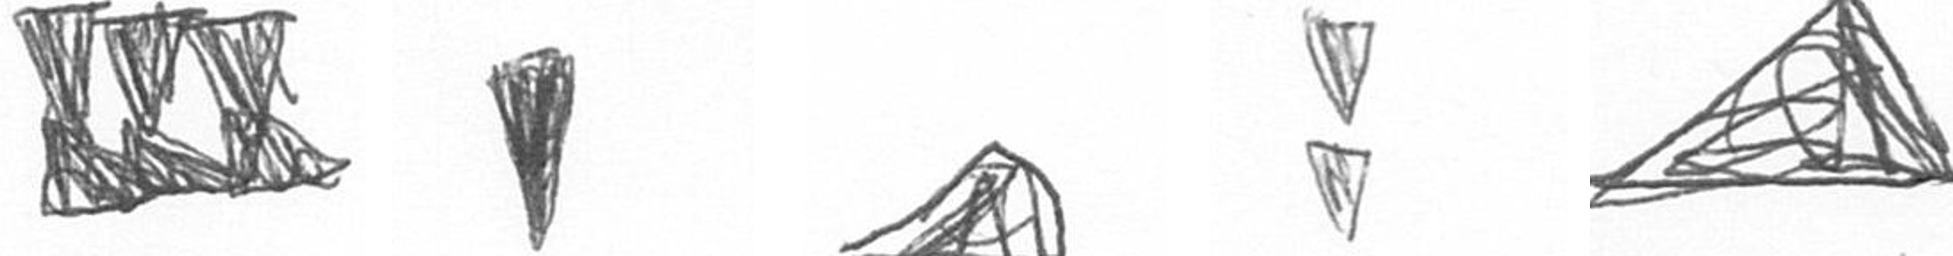
D J O Z O